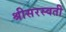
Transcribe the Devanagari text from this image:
श्रीसरस्वती